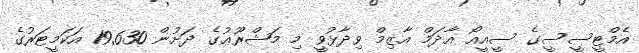
އެމްޓީސީސީގެ ސީއީއޯ އާދަމް އާޒިމް ވިދާޅުވީ މި މަޝްރޫޢުގެ ދަށުން 19